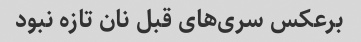
برعکس سری‌های قبل نان تازه نبود